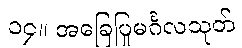
၁၄။ အခြေပြုမင်္ဂလသုတ်